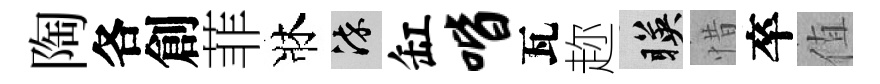
陶各創菲牀染缸喈瓦趂暎惜卒值